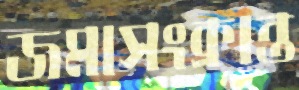
জমাসংক্রান্ত